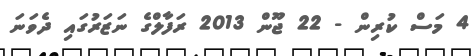
4 މަސް ކުރިން - 22 ޖޫން 2013 ރަފާލްގެ ނަޒަރުގައި ދެވަނަ